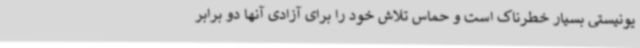
یونیستی بسیار خطرناک است و حماس تلاش خود را برای آزادی آنها دو برابر